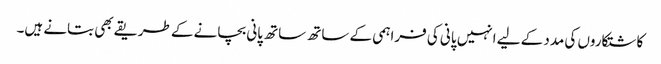
کاشتکاروں کی مدد کے لیے انہیں پانی کی فراہمی کے ساتھ ساتھ پانی بچانے کے طریقے بھی بتانے ہیں۔